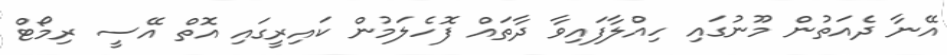
އޭނާ ދެއަތުން މޫނުގައި ހިއްލާފައިވާ ދާތައް ފޮހެލަމުން ކައިރީގައި އޮތް އޭސީ ރިމޯޓް